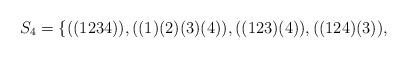
LaTeX: \begin{align*}S_4 = \{ ((1234)),((1)(2)(3)(4)),((123)(4)), ((124)(3)),\hspace{1in}\end{align*}